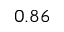
0 . 8 6